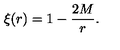
\xi ( r ) = 1 - \frac { 2 M } { r } .